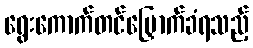
ရွေးကောက်တင်မြှောက်ခံရသည့်